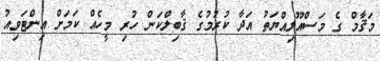
މަޤާމް ގެ މަސްއޫލިއްޔަތު އަދާ ކުރުމުގެ ޤާބިލްކަން ހުރި މީހެއް ކަމަށް އިންޓަވިއު